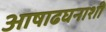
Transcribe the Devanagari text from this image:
आषाढघनाशी